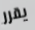
يقرر